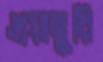
গুয়ামুরি